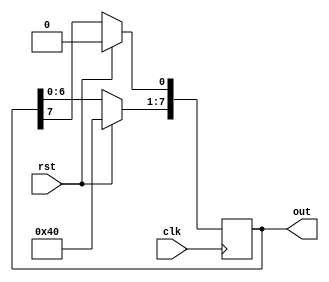
`timescale 1ns / 1ps
module ringCounter(
input clk,rst,
output reg[7:0] out
);
	always@(posedge clk)
begin
	if(rst)
		out<=8'b10000000;
	else
	begin
		out<=out<<1;
		out[0]<=out[7];
	end
end
endmodule